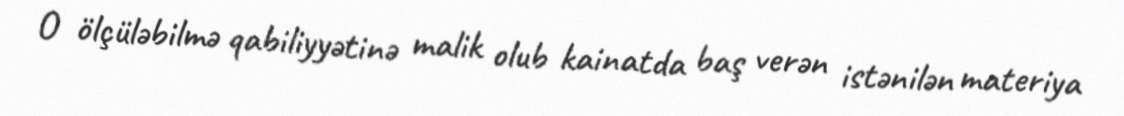
O ölçüləbilmə qabiliyyətinə malik olub kainatda baş verən istənilən materiya